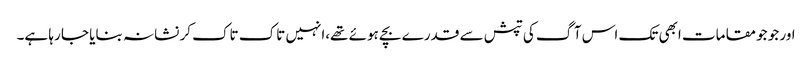
اور جو جو مقامات ابھی تک اس آگ کی تپش سے قدرے بچے ہوئے تھے،انہیں تاک تاک کر نشانہ بنایا جا رہا ہے۔